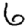
Digit: 6